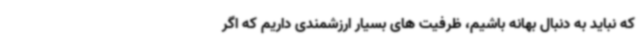
که نباید به دنبال بهانه باشیم، ظرفیت های بسیار ارزشمندی داریم که اگر